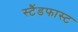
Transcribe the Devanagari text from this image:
स्टैंडफास्ट